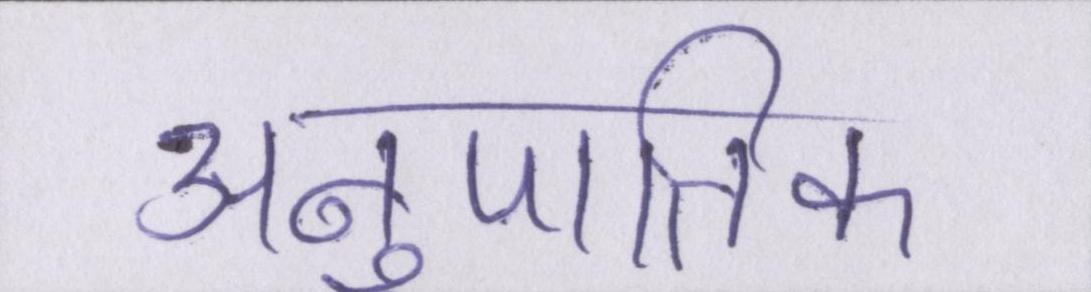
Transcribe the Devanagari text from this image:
अनुपातिक